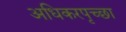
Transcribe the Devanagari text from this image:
अधिकरपृच्छा